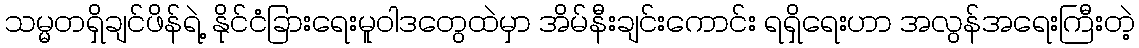
သမ္မတရှိချင်ဖိန်ရဲ့ နိုင်ငံခြားရေးမူဝါဒတွေထဲမှာ အိမ်နီးချင်းကောင်း ရရှိရေးဟာ အလွန်အရေးကြီးတဲ့